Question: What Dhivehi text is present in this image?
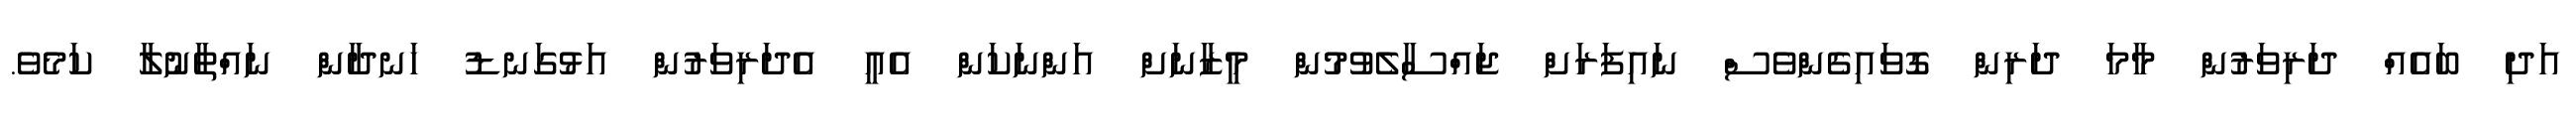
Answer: އަދި ބައެއް ދަރިވަރުން މާމަ ދަރިން ގޮވައިގެންވެސް ނައިފަރަށް ޖައްސާލެވުމުން މީޒާނަށް އަންނަކަން އެއީ އެދަރިވަރުން އަޅުގަނޑު ހަނދާން ނައްތާނުލާ ކަމެވެ.